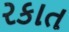
રકાત